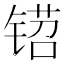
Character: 𬭡